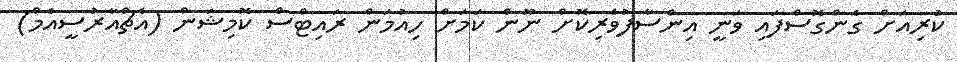
ކުރިއަށް ގެންގޮސްފައި ވަނީ އިންސާފުވެރިކޮށް ނޫން ކަމަށް ހިއުމަން ރައިޓްސް ކޮމިޝަން (އެޗްއާރުސީއެމް)